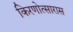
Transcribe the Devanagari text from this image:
किरणोत्सारास